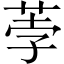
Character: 荸